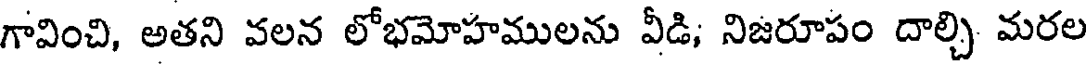
గావించి, అతని వలన లోభమోహములను వీడి; నిజరూపం దాల్చి మరల